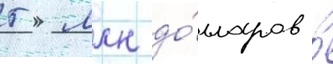
5 млн до́лларов в